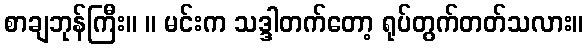
စာချဘုန်ကြီး။ ။ မင်းက သဒ္ဒါတက်တော့ ရုပ်တွက်တတ်သလား။